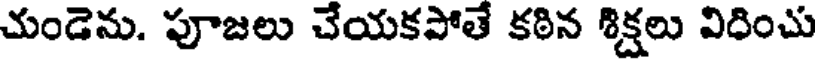
చుండెను. పూజలు చేయకపోతే కఠిన శిక్షలు విధించు